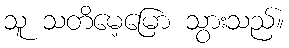
သူ သတိမေ့မြော သွားသည်။